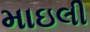
માઇલી